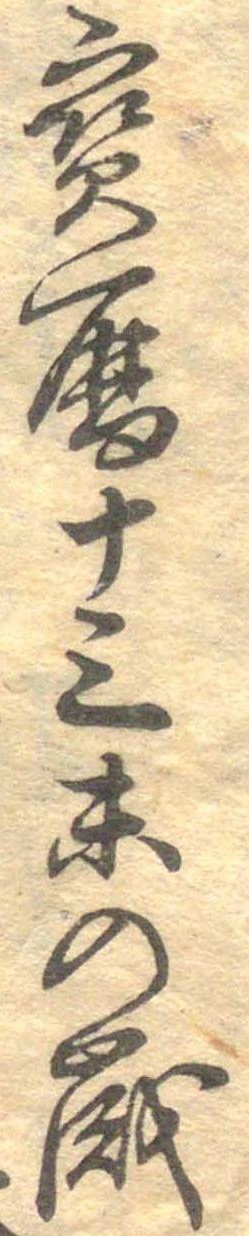
宝暦十三未の歳